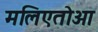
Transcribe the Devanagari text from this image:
मलिएतोआ